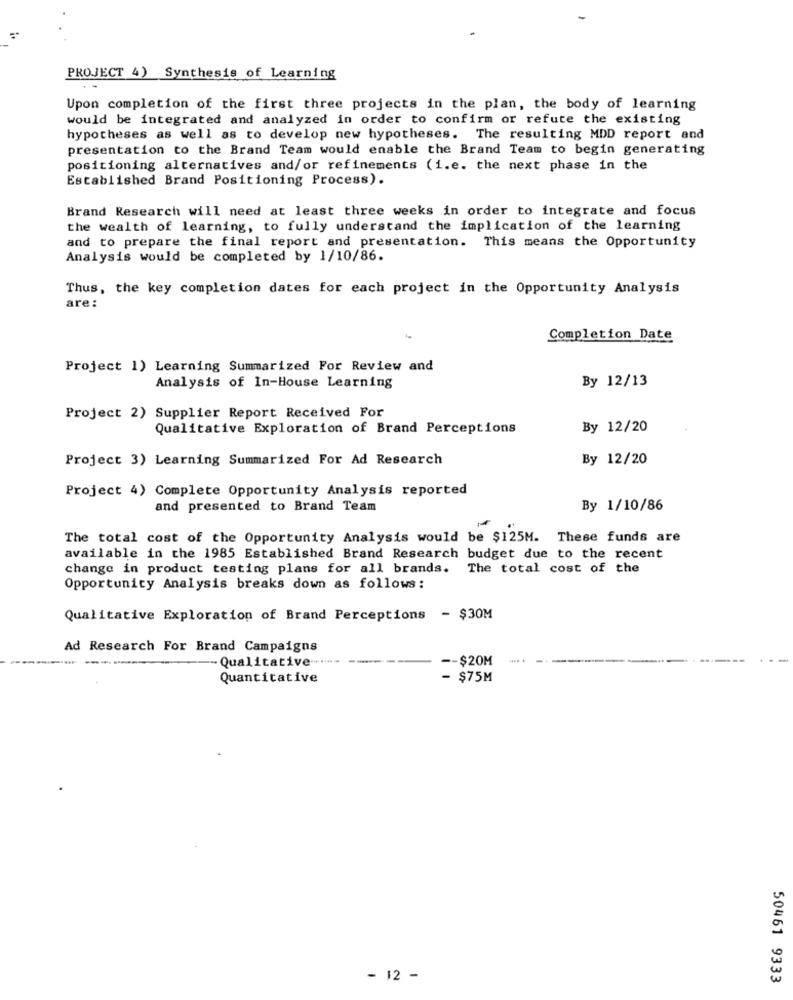
PROJECT 4) Synthesis of Learning
Upon completion of the first three projects in the plan, the body of learning
would be integrated and analyzed in order to confirm or refute the existing
hypotheses as well as to develop new hypotheses. The resulting MDD report and
presentation to the Brand Team would enable the Brand Team to begin generating
positioning alternatives and/or refinements (i.e. the next phase in the
Established Brand Positioning Process).
Brand Research will need at least three weeks in order to integrate and focus
the wealth of learning, to fully understand the implication of the learning
and to prepare the final report and presentation. This means the Opportunity
Analysis would be completed by 1/10/86.
Thus, the key completion dates for each project in the Opportunity Analysis
are:
Completion Date
Project 1) Learning Summarized For Review and
By 12/13
Analysis of In-House Learning
Project 2) Supplier Report Received For
Qualitative Exploration of Brand Perceptions
By 12/20
Project 3) Learning Summarized For Ad Research
By 12/20
Project 4) Complete Opportunity Analysis reported
and presented to Brand Team
By 1/10/86
The total cost of the Opportunity Analysis would be $125M. These funds are
available in the 1985 Established Brand Research budget due to the recent
change in product testing plans for all brands. The total cost of the
Opportunity Analysis breaks down as follows:
Qualitative Exploration of Brand Perceptions - $30M
Ad Research For Brand Campaigns
Qualitative -...
-- $20M
Quantitative
- $75M
- 12 -
50461 9333